system: You are a helpful assistant.
user:
Analyze the provided spectrum to determine if it is a **Carbon Star (C-type)**.

- **Key Visual Indicators of Carbon Star:**
    - **(Primary):** Strong molecular absorption from **C₂ (diatomic carbon) "Swan Bands."** This is the **defining feature** of a carbon star.
        - **(Key Bandheads):** Sharp absorption edges are visible at approximately $5635$ Å, $5165$ Å (the strongest band), and $4737$ Å.
        - **(Line Profile):** Creates a distinct **"saw-tooth"** pattern. The key morphology is a sharp, steep bandhead on the **red (long-wavelength) side**, which then gradually tapers off (i.e., flux recovers) towards the **blue (short-wavelength) side**. *(This is the direct opposite of the TiO bands seen in M-type stars)*.

    - **(Secondary):** Intense **CN (cyanogen)** molecular absorption bands.
        - **(Key Bandheads):** Located in the blue and violet regions of the spectrum (e.g., near $4215$ Å and $3883$ Å).
        - **(Morphology):** These bands are extremely broad and act as a "blanket," absorbing the vast majority of blue and violet light. This creates a characteristic **"cliff"** or **"steep drop-off"** in the spectrum's flux at short wavelengths.

    - **(Key Confirmation):** Strong **CH absorption band (G-band)**.
        - **(Key Bandhead):** Located around $4300$ Å. The contribution from CH molecules to this band is exceptionally strong.

    - **(Overall Spectrum):**
        - The continuum is severely "chopped up" by these deep molecular bands, especially C₂, rather than appearing as a smooth curve.
        - Due to the heavy CN and C₂ absorption in the blue-green, the vast majority of the star's flux is concentrated in the red part of the spectrum, giving the star its characteristic deep red color.

Think first, call **spectral_visualization_tool** if needed to examine features in detail, then provide your final answer. Your response must adhere to the following strict rules:
1.  **Overall Structure:** Your response must follow the format `<think>...</think> <tool_call>...</tool_call> (if a tool is used) <answer>...</answer>`.
2.  **Tool Usage Constraint:** You may only make **one** tool call per turn.
3.  **Final Answer Format:** In the `<answer>` tag, your conclusion must be inside a `\boxed{}` command (e.g., `\boxed{YES}`), followed by your justification.

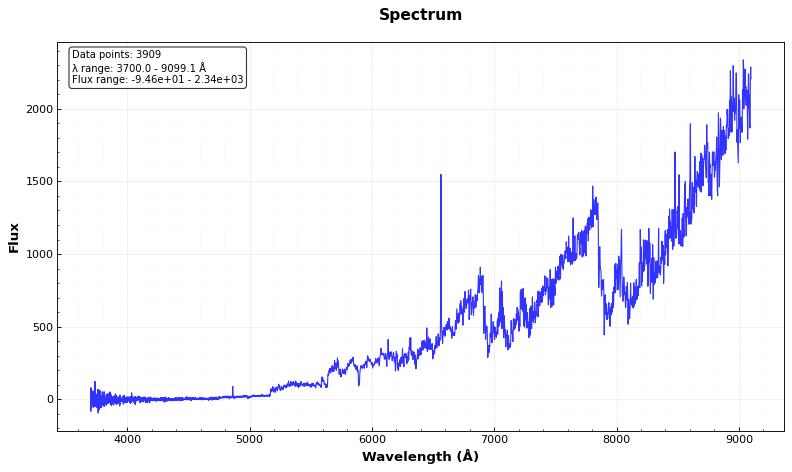
Answer: YES